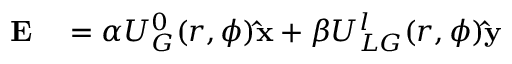
\begin{array} { r l } { \mathbf { E } } & { { } = \alpha U _ { G } ^ { 0 } ( r , \phi ) \mathbf { \hat { x } } + \beta U _ { L G } ^ { l } ( r , \phi ) \mathbf { \hat { y } } } \end{array}